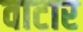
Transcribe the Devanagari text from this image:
वाटार